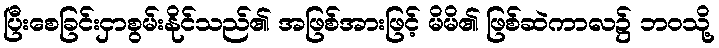
ပြီးစေခြင်းငှာစွမ်းနိုင်သည်၏ အဖြစ်အားဖြင့် မိမိ၏ ဖြစ်ဆဲကာလ၌ ဘဝသို့